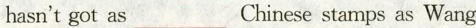
hasn't got as___Chinese stamps as Wang